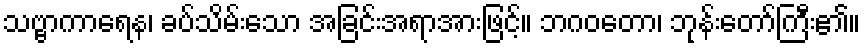
သဗ္ဗာကာရေန၊ ခပ်သိမ်းသော အခြင်းအရာအားဖြင့်။ ဘဂဝတော၊ ဘုန်းတော်ကြီး၏။